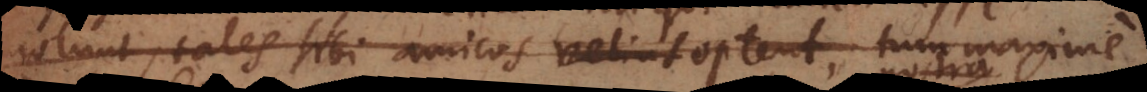
volunt, tales sibi amicos velint optent, tum maxime